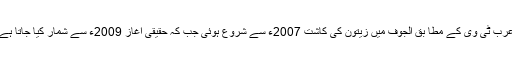
عرب ٹی وی کے مطا بق الجوف میں زیتون کی کاشت 2007ء سے شروع ہوئی جب کہ حقیقی آغاز 2009ء سے شمار کیا جاتا ہے۔